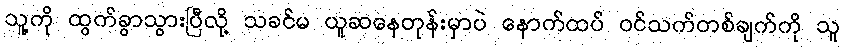
သူ့ကို ထွက်ခွာသွားပြီလို့ သခင်မ ယူဆနေတုန်းမှာပဲ နောက်ထပ် ဝင်သက်တစ်ချက်ကို သူ